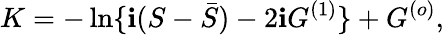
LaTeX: K=-\ln\{ \mathbf{i}(S-{\bar{{S}}})-2\mathbf{i}G^{(1)}\} +G^{(o)},